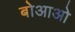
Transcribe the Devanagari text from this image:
बोआओ